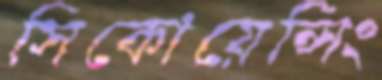
সিকোয়েন্সিং